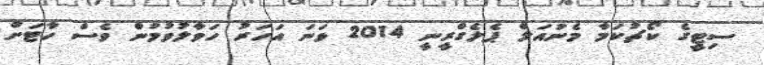
ސިޓީގެ ކޯޗުކަމާ މެނުއަލް ޕެލެގްރީނީ 2014 ވަނަ އަހަރު ހަވާލުވުމުން ވެސް ހާޓަށް